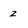
Character: 2